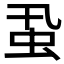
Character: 𧈲